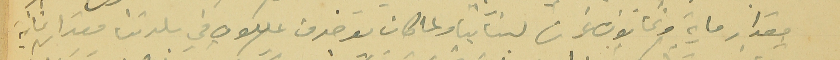
مقدار ماية وثمانون غرشا  لبنانياً ولما كان يوجد من يملكون في بلدتنا مقدار ثمانية